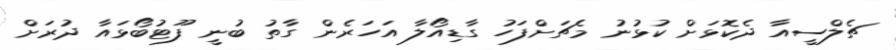
ޗެލްސީއާ ދެކޮޅަށް ކުޅުނު މެޗަށްފަހު ގާޑިއޯލާ އަހަރެން ގާތު ބުނީ ފޫޓުބޯޅައާ ދުރަށް